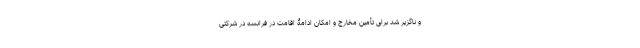
و ناگزیر شد برای تأمین مخارج و امکان ادامۀ اقامت در فرانسه در شرکتی